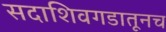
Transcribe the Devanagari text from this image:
सदाशिवगडातूनच